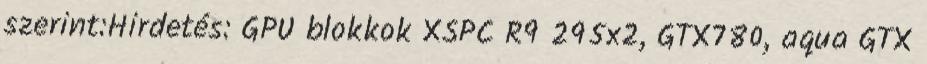
szerint:Hirdetés: GPU blokkok XSPC R9 295x2, GTX780, aqua GTX